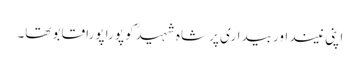
اپنی نیند اور بیداری پر شاہ شہیدؒ کو پورا پورا قابو تھا۔